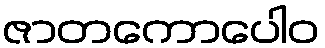
ဇာတကောပေါဝ